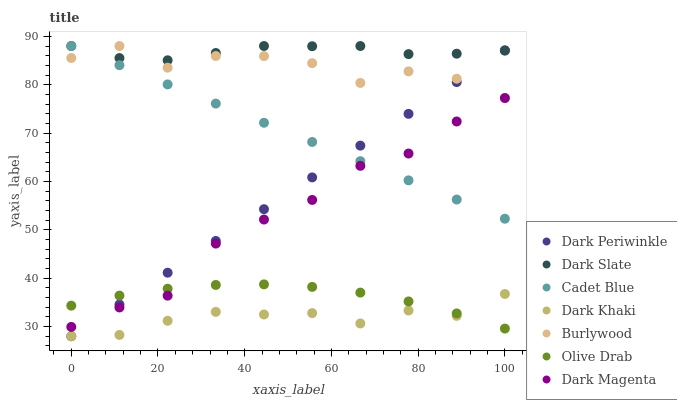
| xaxis_label | Dark Periwinkle | Dark Slate | Cadet Blue | Dark Khaki | Burlywood | Olive Drab | Dark Magenta |
 | --- | --- | --- | --- | --- | --- | --- | --- |
 | 0 | 28 | 88 | 88 | 28 | 85.5 | 34.3 | 29.9 |
 | 11.1 | 34.6 | 85.5 | 84 | 28.3 | 88 | 36.4 | 33.9 |
 | 22.2 | 41.1 | 85.1 | 80.1 | 31.2 | 83.5 | 37.8 | 36.4 |
 | 33.3 | 47.7 | 86.6 | 76.1 | 33 | 85.9 | 38.6 | 47.2 |
 | 44.4 | 54.3 | 88 | 72.1 | 32.5 | 85.9 | 38.7 | 52.1 |
 | 55.6 | 60.8 | 88 | 68.2 | 32.8 | 84.4 | 38.2 | 56.2 |
 | 66.7 | 67.4 | 88 | 64.2 | 30.6 | 80.4 | 37 | 63.2 |
 | 77.8 | 74 | 86.3 | 60.2 | 33.3 | 82.8 | 35.2 | 65.8 |
 | 88.9 | 80.5 | 86.4 | 56.3 | 32.2 | 81.2 | 32.7 | 72.4 |
 | 100 | 87.1 | 87 | 52.3 | 36.7 | 77.2 | 29.6 | 77.3 |